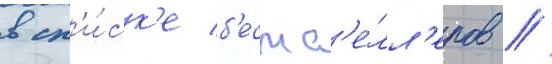
в сп'и́ск'е б'естс'е́лл'еров //